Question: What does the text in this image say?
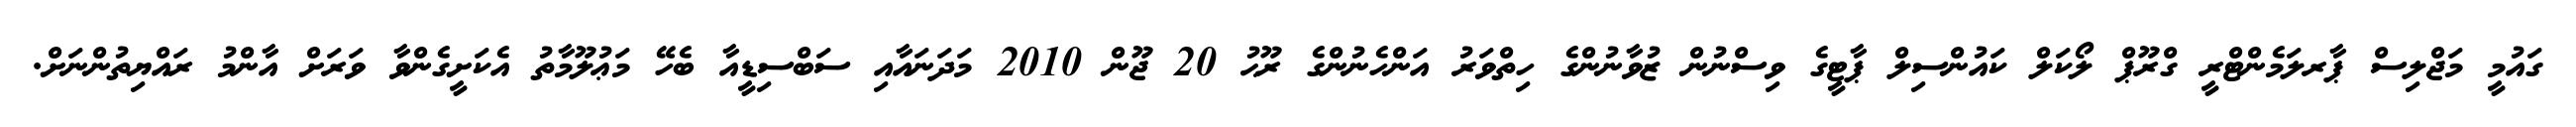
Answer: ގައުމީ މަޖްލިސް ޕާރލަމެންޓްރީ ގްރޫޕް ލޯކަލް ކައުންސިލް ޕާޓީގެ ވިސްނުން ޒުވާނުންގެ ހިތްވަރު އަންހެނުންގެ ރޫޙު 20 ޖޫން 2010 މަދަނައާއި ސަބްސިޑީއާ ބެހޭ މަޢުލޫމާތު އެކަށީގެންވާ ވަރަށް އާންމު ރައްޔިތުންނަށް.